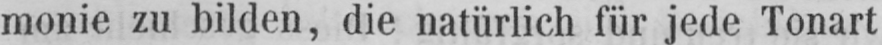
monie zu bilden, die natürlich für jede Tonart